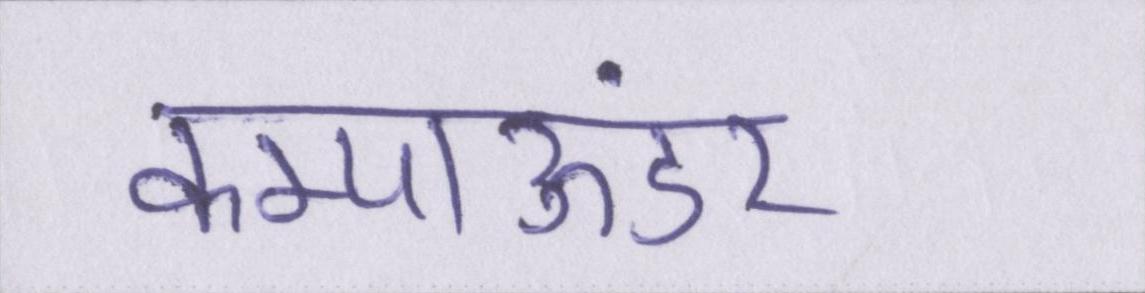
कम्पाऊंडर